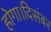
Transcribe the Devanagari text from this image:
होगा।दिसंबर